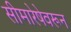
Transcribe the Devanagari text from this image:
सीमारेषेवरून